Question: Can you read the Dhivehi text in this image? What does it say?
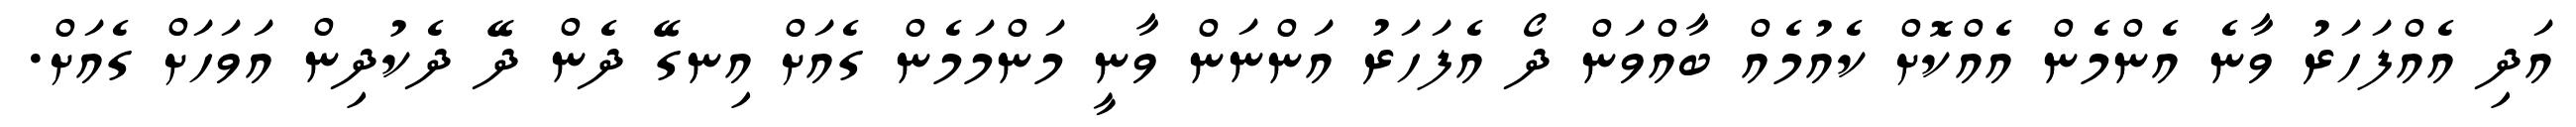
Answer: އަދި އެއްފަހަރު ވާނެ އެންމެން އެއްކޮށް ކެއުމެއް ބާއްވަން ދޯ އެފަހަރު އަންނަން ވާނީ މަންމަމެން ގެއަށް އިނގޭ ދެން ދޭ ދެކުދިން އަވަހަށް ގެއަށް.